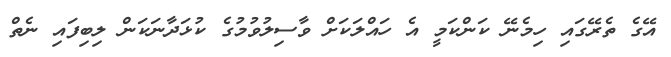
އޭގެ ތެރޭގައި ހިމެނޭ ކަންކަމީ އެ ހައްލަކަށް ވާސިލުވުމުގެ ކުޅަދާނަކަން ލިބިފައި ނެތް